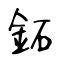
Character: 鉐